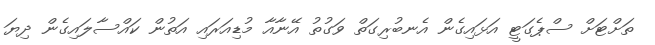
ތަށްޓަށް ސްޕެގަޓީ އަޅައިގެން އެނބުރިގަތް ވަގުތު އޭނާއާ މުޑިއަރައި އަތުން ކައްސާލައިގެން ދިޔަ